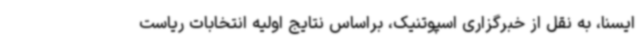
ایسنا، به نقل از خبرگزاری اسپوتنیک، براساس نتایج اولیه انتخابات ریاست